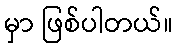
မှာ ဖြစ်ပါတယ်။